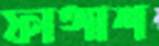
ফাঙ্গাশ